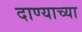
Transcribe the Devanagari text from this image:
दाण्याच्या